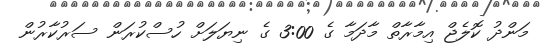
މަންދު ކޮލެޖް އިމާރާތް މާދަމާ ގެ 3:00 ގެ ނިޔަލަށް ހުސްކުރަން ސަރުކާރުން